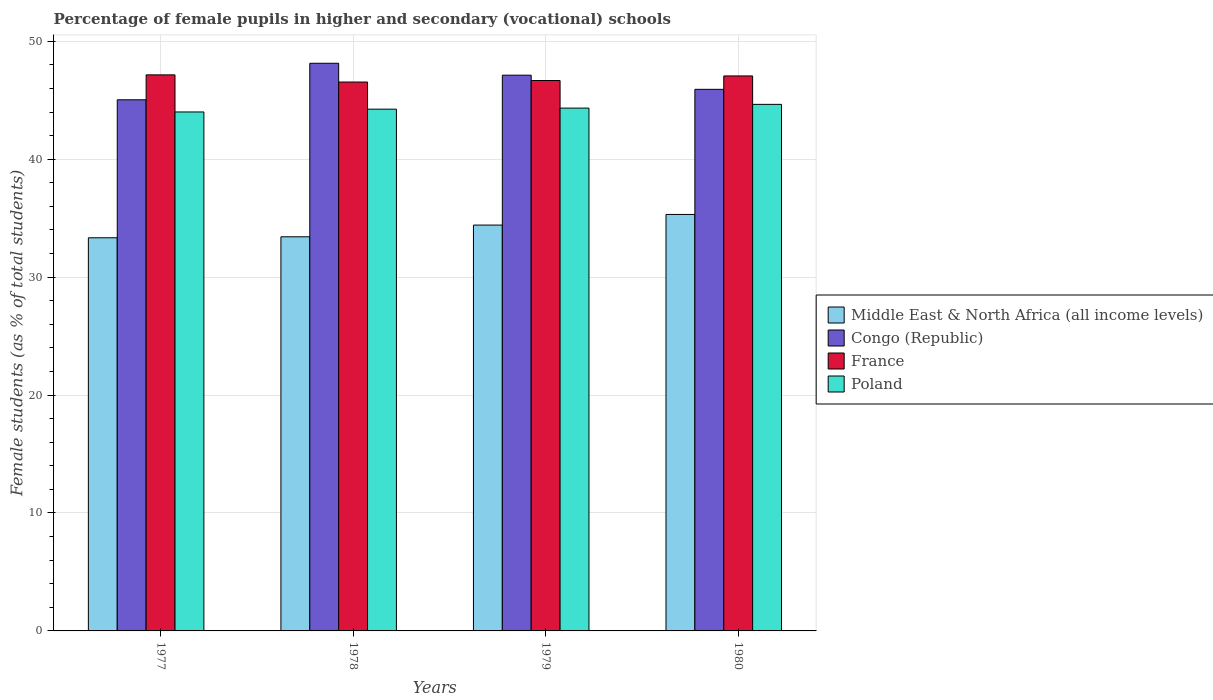
| Years | Middle East & North Africa (all income levels) | Congo (Republic) | France | Poland |
 | --- | --- | --- | --- | --- |
 | 1977 | 33.3 | 45 | 47.1 | 44 |
 | 1978 | 33.4 | 48.1 | 46.5 | 44.2 |
 | 1979 | 34.4 | 47.1 | 46.7 | 44.3 |
 | 1980 | 35.3 | 45.9 | 47.1 | 44.6 |